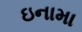
ઇનામા